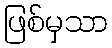
ဖြစ်မှသာ